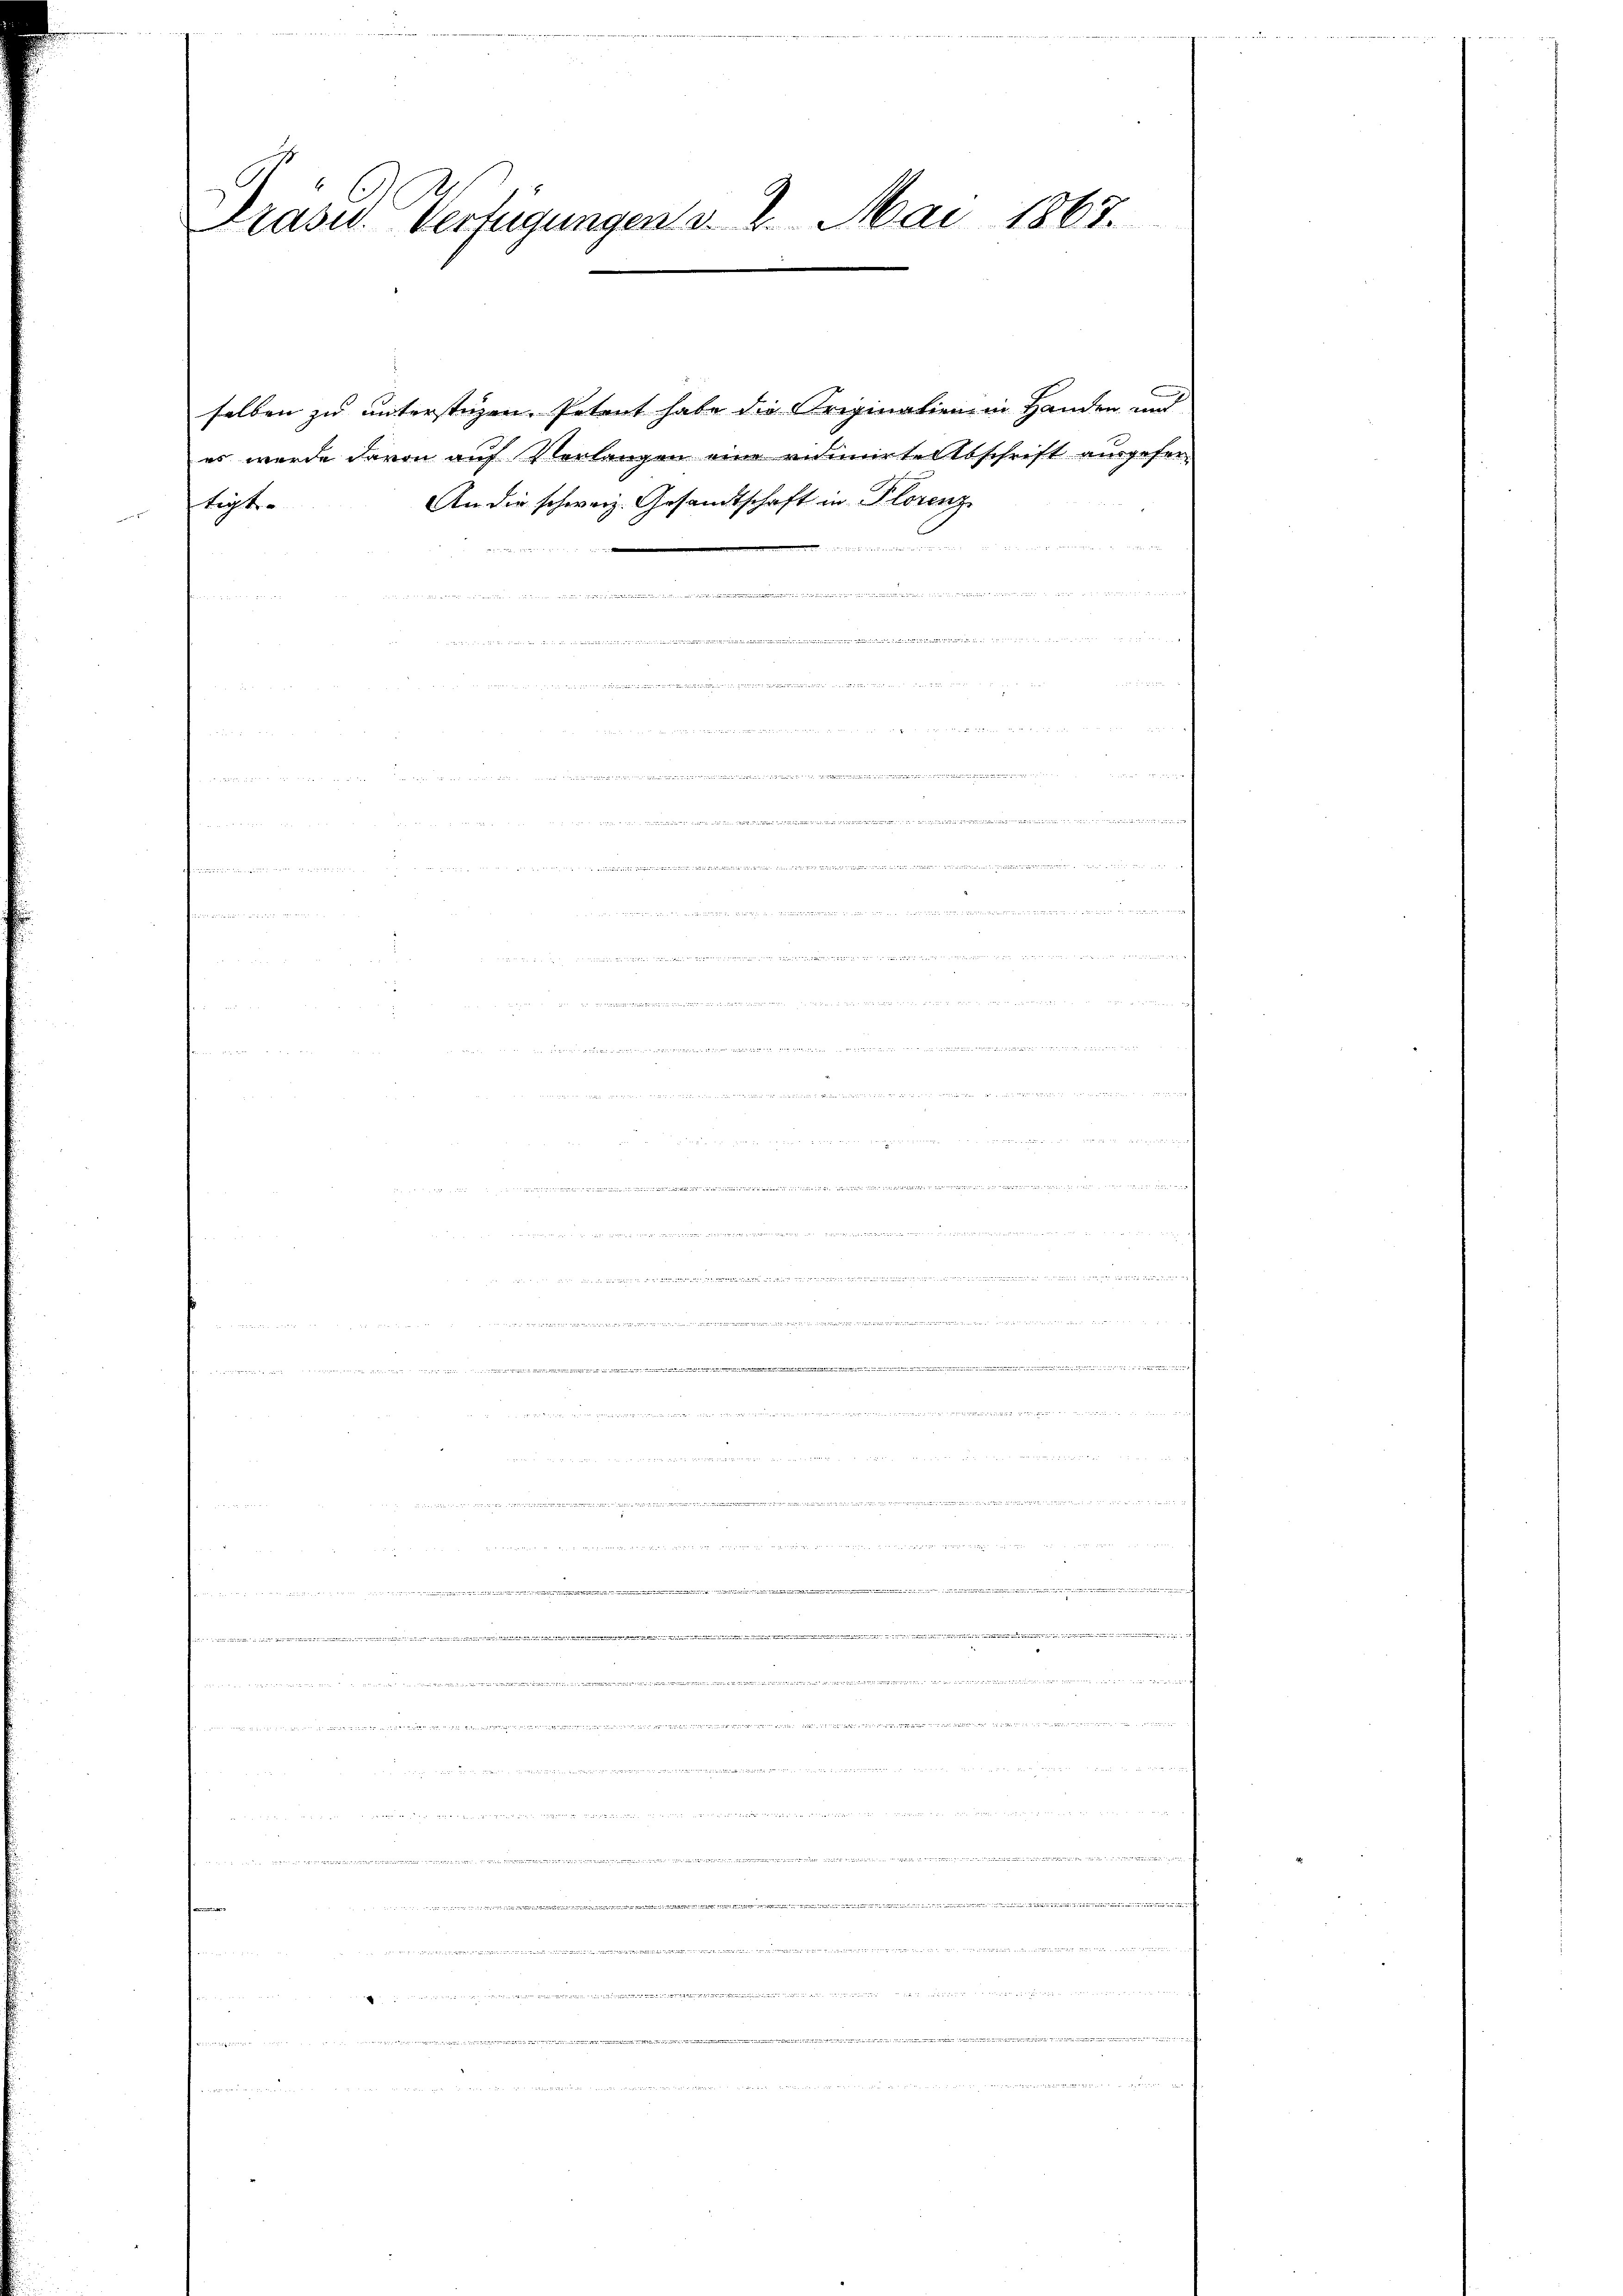
Präsid Verfügungen v. 2. Mai 1863.

selben zu unterstüzen. Petent habe die Origination in Handen und
es wurde davon auf Verlangen eine vidimirte Abschrift ausgehen
An die schweiz. Gesandtschaft in Plorenz
Leyko

.

 se den an die

e

e
rter denn die |